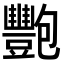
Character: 𬤺